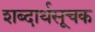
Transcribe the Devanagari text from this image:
शब्दार्थसूचक